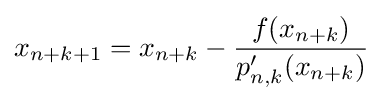
x_{n+k+1}=x_{n+k}-{\frac {f(x_{n+k})}{p_{n,k}'(x_{n+k})}}